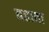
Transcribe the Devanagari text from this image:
बढावा